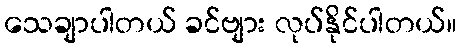
သေချာပါတယ် ခင်ဗျား လုပ်နိုင်ပါတယ်။